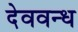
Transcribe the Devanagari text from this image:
देववन्ध